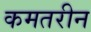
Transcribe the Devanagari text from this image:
कमतरीन